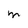
Character: M